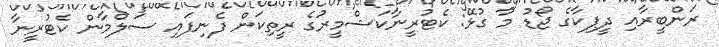
ރަންބީރާއި ދީޕިކާގެ ޖޯޑު މާ ގުޅޭ: ކެޓުރީނާކަޝްމީރުގެ ރީތިކަން ފެނިފައި ސަލްމާން ކެޓުރީނާ